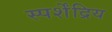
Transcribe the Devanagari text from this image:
स्पर्शेंद्रिय